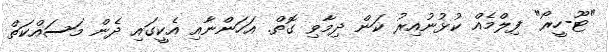
"ޓޫ-ހީރޯ" ފިލްމެއް ކުޅުނުއިރު ކަން ދިމާވި ގޮތް. އަހަންނާއި އެކީގައި ދެން މަސައްކަތް